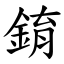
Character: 錥